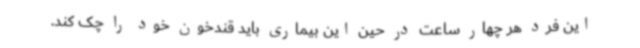
این فرد هر چهار ساعت در حین این بیماری باید قندخون خود را چک کند.